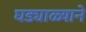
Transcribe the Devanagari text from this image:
घड्याळ्याने